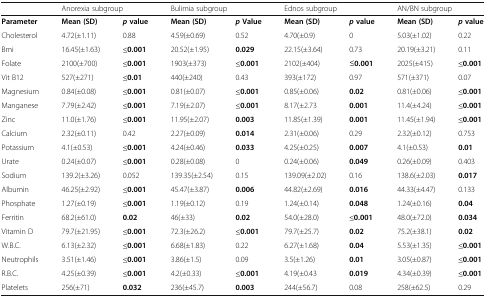
<table><thead><tr><td></td><td colspan="2"><b>Anorexia subgroup</b></td><td colspan="2"><b>Bulimia subgroup</b></td><td colspan="2"><b>Ednos subgroup</b></td><td colspan="2"><b>AN/BN subgroup</b></td></tr></thead><tbody><tr><td><b>Parameter</b></td><td><b>Mean (SD)</b></td><td><b><i>p</i></b><b>value</b></td><td><b>Mean (SD)</b></td><td><b><i>p</i></b><b>Value</b></td><td><b>Mean (SD)</b></td><td><b><i>p</i></b><b>value</b></td><td><b>Mean (SD)</b></td><td><b><i>p</i></b><b>value</b></td></tr><tr><td>Cholesterol</td><td>4.72(±1.11)</td><td>0.88</td><td>4.59(±0.69)</td><td>0.52</td><td>4.70(±0.9)</td><td>0</td><td>5.03(±1.02)</td><td>0.22</td></tr><tr><td>Bmi</td><td>16.45(±1.63)</td><td><b>≤0.001</b></td><td>20.52(±1.95)</td><td><b>0.029</b></td><td>22.15(±3.64)</td><td>0.73</td><td>20.19(±3.21)</td><td>0.11</td></tr><tr><td>Folate</td><td>2100(±700)</td><td><b>≤0.001</b></td><td>1903(±373)</td><td><b>≤0.001</b></td><td>2102(±404)</td><td>≤<b>0.001</b></td><td>2025(±415)</td><td><b>≤0.001</b></td></tr><tr><td>Vit B12</td><td>527(±271)</td><td><b>≤0.01</b></td><td>440(±240)</td><td>0.43</td><td>393(±172)</td><td>0.97</td><td>571(±371)</td><td>0.07</td></tr><tr><td>Magnesium</td><td>0.84(±0.08)</td><td><b>≤0.001</b></td><td>0.81(±0.07)</td><td><b>≤0.001</b></td><td>0.85(±0.06)</td><td><b>0.02</b></td><td>0.81(±0.06)</td><td><b>≤0.001</b></td></tr><tr><td>Manganese</td><td>7.79(±2.42)</td><td><b>≤0.001</b></td><td>7.19(±2.07)</td><td><b>≤0.001</b></td><td>8.17(±2.73</td><td><b>0.001</b></td><td>11.4(±4.24)</td><td><b>≤0.001</b></td></tr><tr><td>Zinc</td><td>11.0(±1.76)</td><td><b>≤0.001</b></td><td>11.95(±2.07)</td><td><b>0.003</b></td><td>11.85(±1.39)</td><td><b>0.001</b></td><td>11.45(±1.94)</td><td><b>≤0.001</b></td></tr><tr><td>Calcium</td><td>2.32(±0.11)</td><td>0.42</td><td>2.27(±0.09)</td><td><b>0.014</b></td><td>2.31(±0.06)</td><td>0.29</td><td>2.32(±0.12)</td><td>0.753</td></tr><tr><td>Potassium</td><td>4.1(±0.53)</td><td><b>≤0.001</b></td><td>4.24(±0.46)</td><td><b>0.033</b></td><td>4.25(±0.25)</td><td><b>0.007</b></td><td>4.1(±0.53)</td><td><b>0.01</b></td></tr><tr><td>Urate</td><td>0.24(±0.07)</td><td><b>≤0.001</b></td><td>0.28(±0.08)</td><td>0</td><td>0.24(±0.06)</td><td><b>0.049</b></td><td>0.26(±0.09)</td><td>0.403</td></tr><tr><td>Sodium</td><td>139.2(±3.26)</td><td>0.052</td><td>139.35(±2.54)</td><td>0.15</td><td>139.09(±2.02)</td><td>0.16</td><td>138.6(±2.03)</td><td><b>0.017</b></td></tr><tr><td>Albumin</td><td>46.25(±2.92)</td><td><b>≤0.001</b></td><td>45.47(±3.87)</td><td><b>0.006</b></td><td>44.82(±2.69)</td><td><b>0.016</b></td><td>44.33(±4.47)</td><td>0.133</td></tr><tr><td>Phosphate</td><td>1.27(±0.19)</td><td><b>≤0.001</b></td><td>1.19(±0.12)</td><td>0.19</td><td>1.24(±0.14)</td><td><b>0.048</b></td><td>1.24(±0.16)</td><td><b>0.04</b></td></tr><tr><td>Ferritin</td><td>68.2(±61.0)</td><td><b>0.02</b></td><td>46(±33)</td><td><b>0.02</b></td><td>54.0(±28.0)</td><td><b>≤0.001</b></td><td>48.0(±72.0)</td><td><b>0.034</b></td></tr><tr><td>Vitamin D</td><td>79.7(±21.95)</td><td><b>≤0.001</b></td><td>72.3(±26.2)</td><td><b>≤0.001</b></td><td>79.7(±25.7)</td><td><b>0.02</b></td><td>75.2(±38.1)</td><td><b>0.02</b></td></tr><tr><td>W.B.C.</td><td>6.13(±2.32)</td><td><b>≤0.001</b></td><td>6.68(±1.83)</td><td>0.22</td><td>6.27(±1.68)</td><td><b>0.04</b></td><td>5.53(±1.35)</td><td><b>≤0.001</b></td></tr><tr><td>Neutrophils</td><td>3.51(±1.46)</td><td><b>≤0.001</b></td><td>3.86(±1.5)</td><td>0.09</td><td>3.5(±1.26)</td><td><b>0.01</b></td><td>3.05(±0.87)</td><td><b>≤0.001</b></td></tr><tr><td>R.B.C.</td><td>4.25(±0.39)</td><td><b>≤0.001</b></td><td>4.2(±0.33)</td><td><b>≤0.001</b></td><td>4.19(±0.43</td><td><b>0.019</b></td><td>4.34(±0.39)</td><td><b>≤0.001</b></td></tr><tr><td>Platelets</td><td>256(±71)</td><td><b>0.032</b></td><td>236(±45.7)</td><td><b>0.003</b></td><td>244(±56.7)</td><td>0.08</td><td>258(±62.5)</td><td>0.29</td></tr></tbody></table>